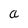
Character: a